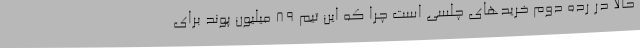
حالا در رده دوم خریدهای چلسی است چرا که این تیم 89 میلیون پوند برای